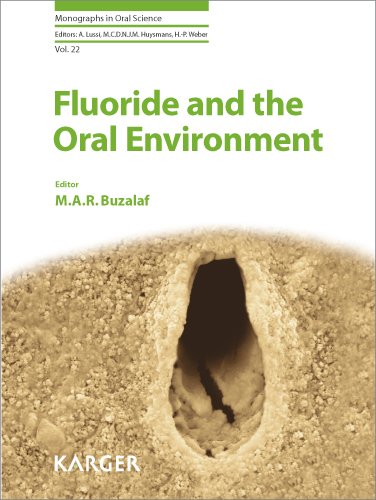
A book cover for Fluoride and the Oral Environment (Monographs in Oral Science, Vol. 22); Medical Books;